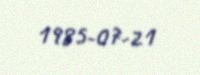
1985-07-21